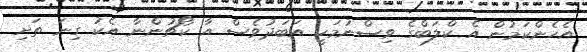
އެހެންކަމުން އެ ކްލަބްގެ ވިސްނުމަކީ އަބަދުވެސް އާ ކޯޗުންނާ އެކު ގިނަ ތަށި